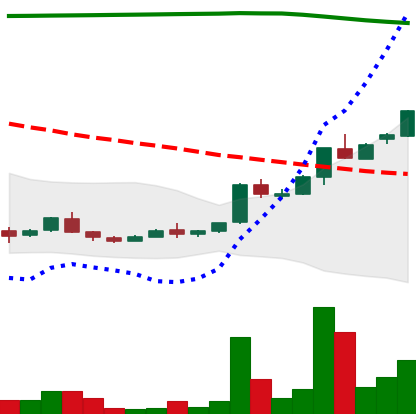
Ticker: ADA-USD
Chart end date: 2018-04-20
Forward return: -9.823%
Label: down_7plus